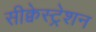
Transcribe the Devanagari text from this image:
सीक्वेस्ट्रेशन